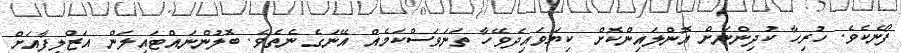
ފޯނެކެވެ. ހުރިހާ ކުދިންނަށް އޮންލައިންކޮށް ކިޔަވައިދެވޭހާ ތަނަވަސްކަމެއް އޭނަގެ ނެތެވެ. ބޮލުންނައްޓައިލަން އަޒްލިފާއަށް